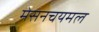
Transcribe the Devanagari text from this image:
मेसनचयमल